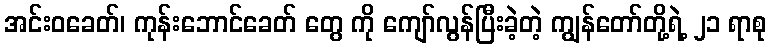
အင်းဝခေတ်၊ ကုန်းဘောင်ခေတ် တွေ ကို ကျော်လွန်ပြီးခဲ့တဲ့ ကျွန်တော်တို့ရဲ့ ၂၁ ရာစု